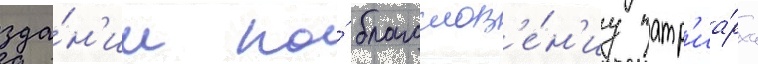
зда́н'ии по́ благослов'е́н'иу патр'иа́рха